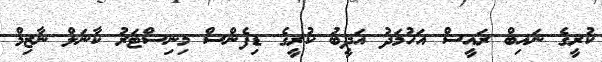
ކުރީގެ ނައިބް ރައީސް އަހުމަދު އަދީބު ކުރީގެ ޑިފެންސް މިނިސްޓަރު ކާނަލް ނާޒިމް